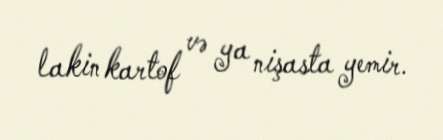
lakin kartof və ya nişasta yemir.